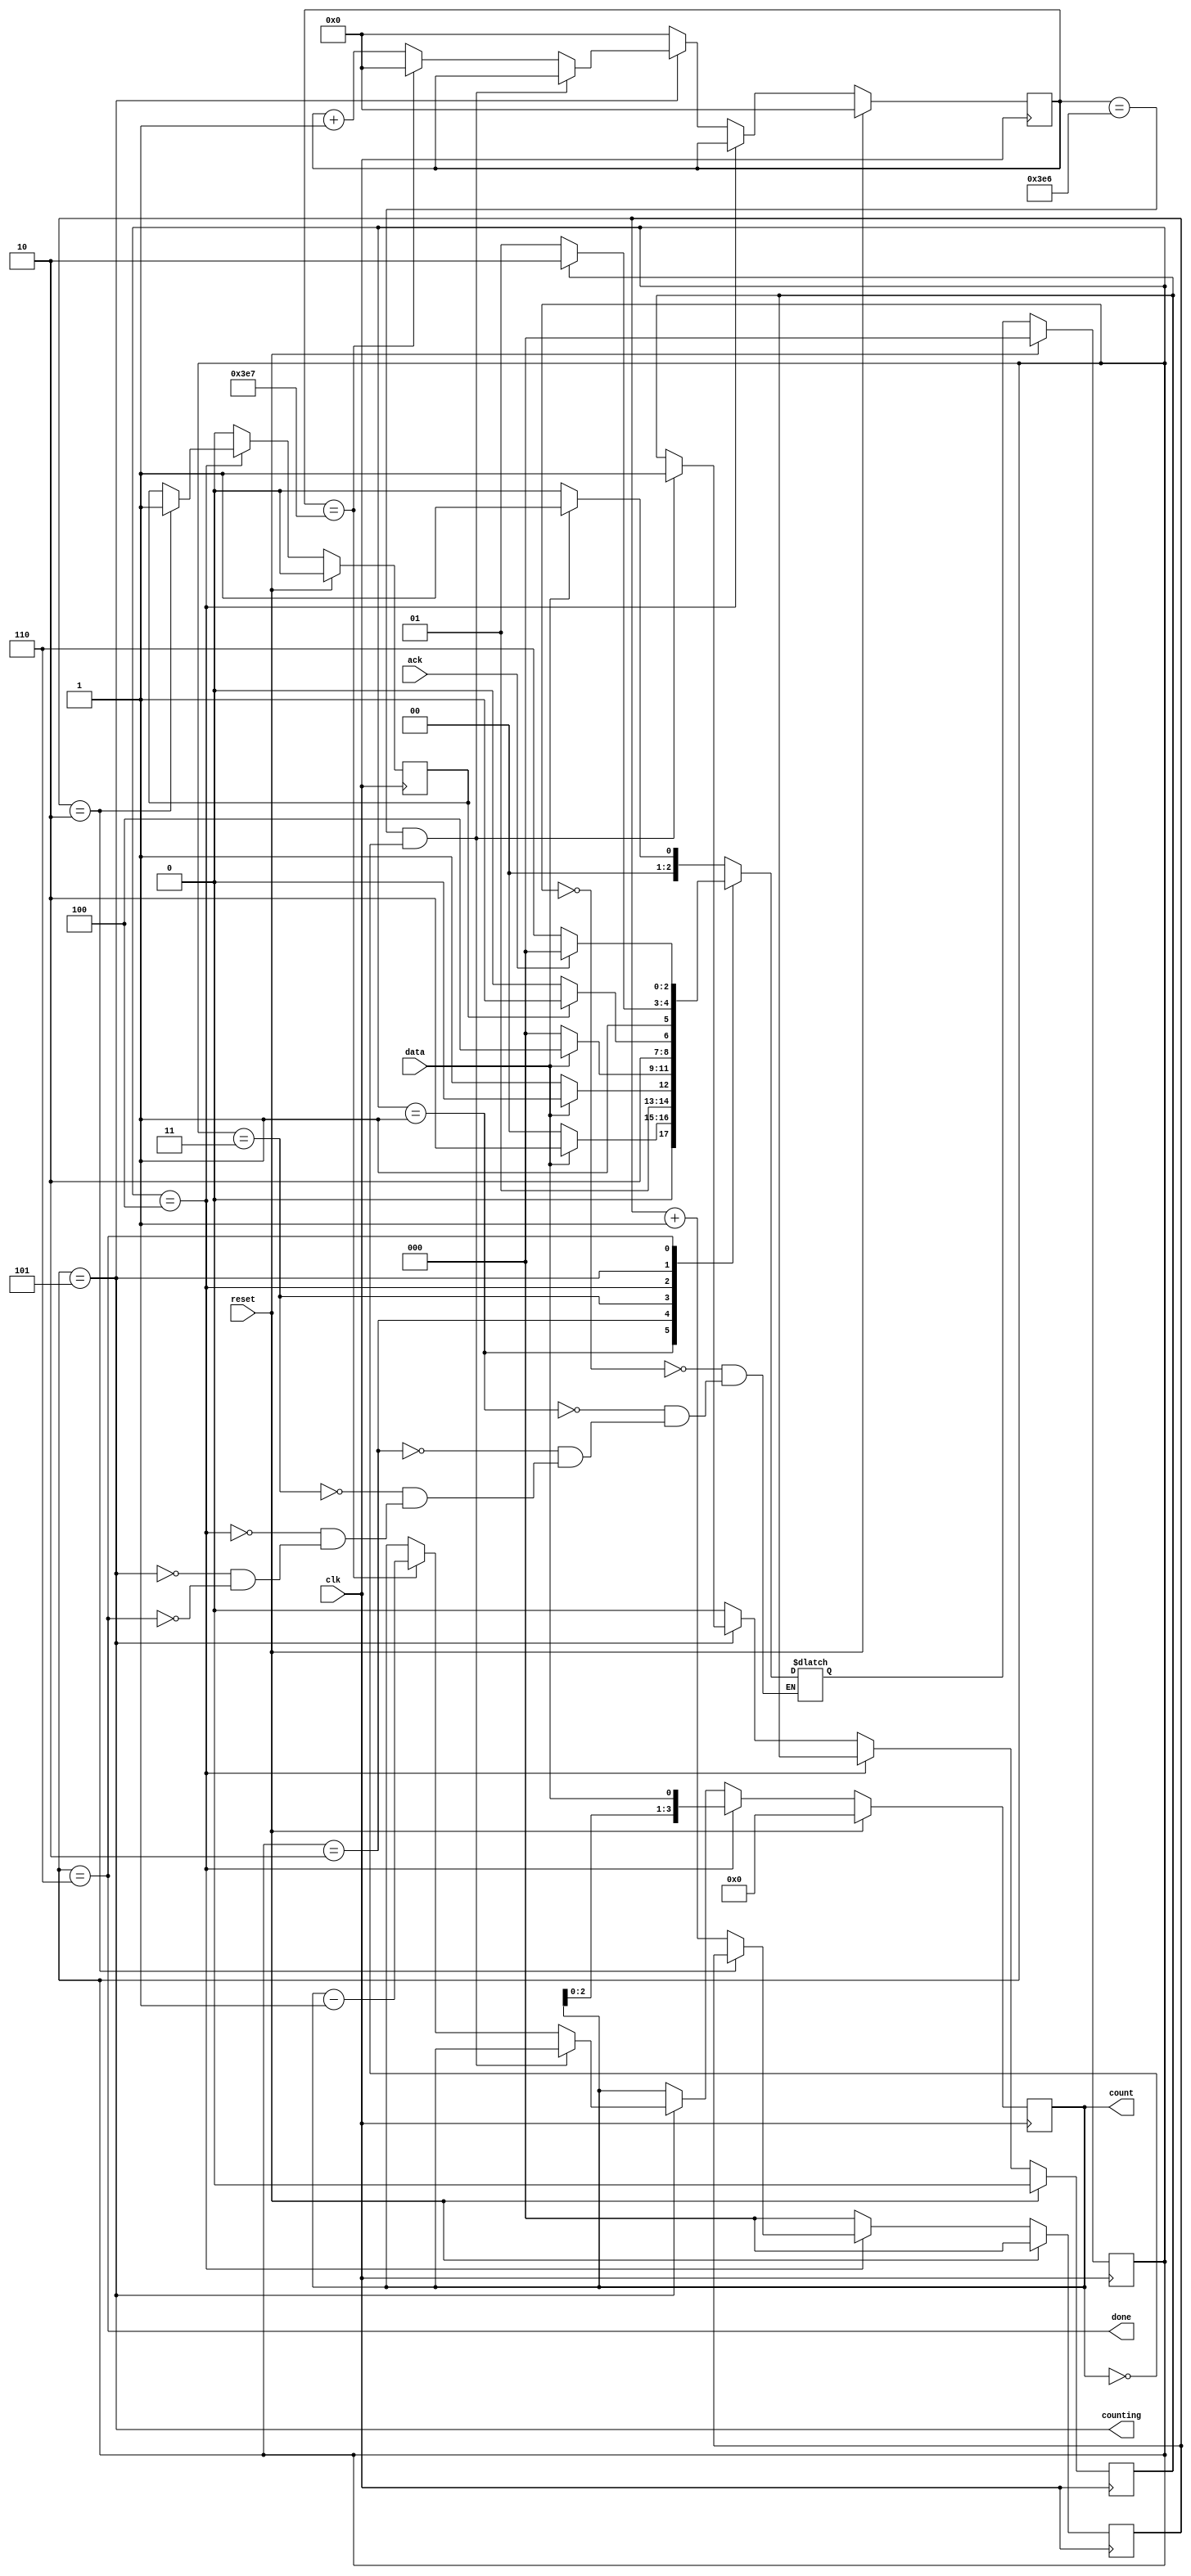
module top_module (
    input clk,
    input reset,      // Synchronous reset
    input data,
    output [3:0] count,
    output counting,
    output done,
    input ack );
    
    parameter IDLE = 0 , SEQ_0 = 1 , SEQ_1 = 2 , SEQ_2 = 3 ;
    parameter SHIFT = 4 , COUNT = 5 , DONE = 6 ;
    
    reg [2:0] cstate , nstate ;
    
    reg shift_end ;
    reg count_end ;
    reg shift_ena ;
    reg [2:0] shift_cnt ;
    reg [3:0] o_count ;
    reg [9:0] count_cnt ;
    
    assign count = o_count ;
    
    always @(posedge clk) begin
        if(reset) begin
            cstate <= IDLE ;
        end
        else begin
            cstate <= nstate ;
        end
    end
    
    always @(*) begin
        case(cstate)
            IDLE  : nstate = data ? SEQ_0 : IDLE  ;
            SEQ_0 : nstate = data ? SEQ_1 : IDLE  ;
            SEQ_1 : nstate = data ? SEQ_1 : SEQ_2 ;
            SEQ_2 : nstate = data ? SHIFT : IDLE  ;
            SHIFT : nstate = shift_end ? COUNT : SHIFT ;
            COUNT : nstate = count_end ? DONE : COUNT ;
            DONE  : nstate = ack ? IDLE : DONE ;
        endcase
    end
    
    always @(posedge clk) begin
        if(reset) begin
            shift_cnt <= 3'b000 ;
            shift_end <= 0 ;
        end
        else begin
            if(shift_ena) begin
                if(shift_cnt == 2) begin
                    shift_end <= 1 ;
                end
                else begin
                    shift_cnt <= shift_cnt + 1 ;
                end
            end
            else begin
                shift_end <= 0 ;
                shift_cnt <= 3'b000 ;
            end
        end
    end
    
    always @(posedge clk) begin
        if(reset) begin
            o_count <= 4'b000 ;
            count_cnt <= 10'b0 ;
            count_end <= 0 ;
        end
        else begin
            if(shift_ena) begin
                o_count <= {o_count[2:0] , data} ;
            end
            else begin
                if(counting) begin
                    if(count_cnt == 999-1 && o_count == 0) begin
                        count_end <= 1 ;
                    end
                    else begin
                        if(count_cnt == 999) begin
                            count_cnt <= 10'b0 ;
                            o_count <= o_count - 1 ;
                        end
                        else begin
                            count_cnt <= count_cnt + 1 ;
                        end
                    end
                end
                else begin
                    count_cnt <= 10'b0 ;
                    count_end <= 0 ;
                end
            end
        end
    end
   
    
    
    assign shift_ena = (cstate == SHIFT) ;
    assign counting = (cstate == COUNT) ;
    assign done = (cstate == DONE) ;

endmodule